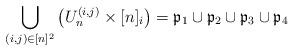
LaTeX: \begin{align*} \bigcup_{(i,j)\in [n]^2} \left( U_n^{(i,j)} \times [n]_i \right) = \mathfrak{p}_1\cup \mathfrak{p}_2 \cup \mathfrak{p}_3 \cup \mathfrak{p}_4\end{align*}